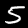
Digit: 5